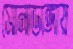
সোনাডাঙ্গায়